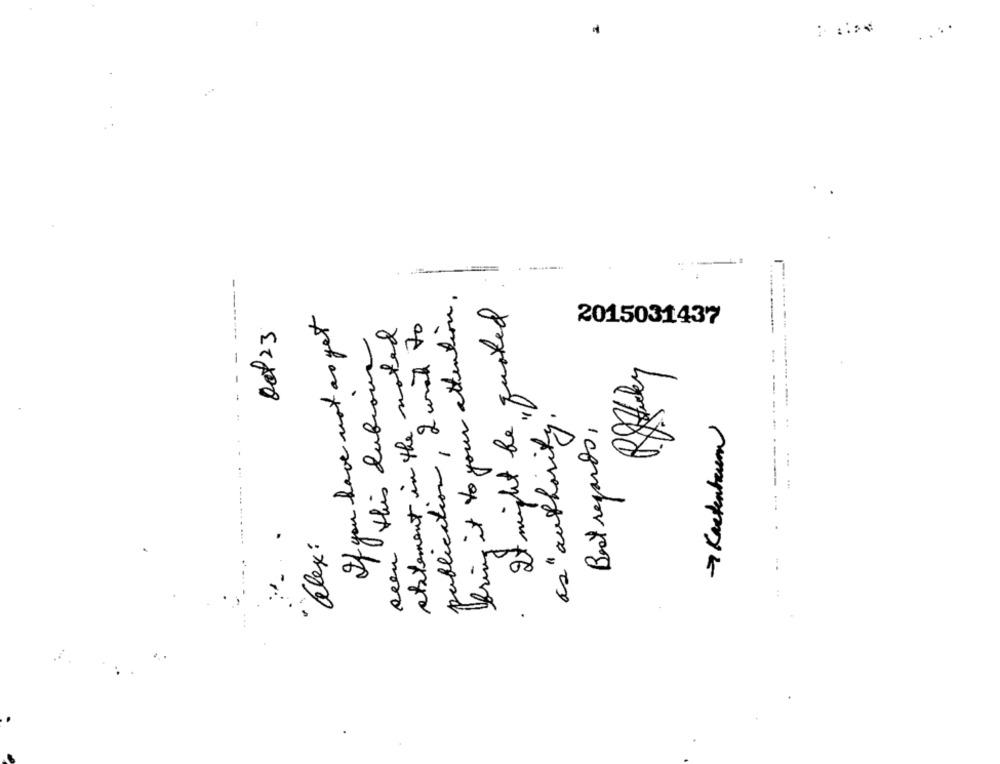
----- ----.... ........
--
bring it to your attention.
It might be quoted
If you have not as get
publication, 2 wish to
statement in the noted
2015031437
Oct 23
this dubious
as "authority "
Best regards,
7 Kastenteum
...
alex :